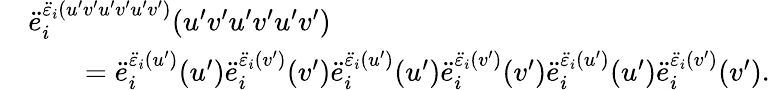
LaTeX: \begin{array}{rl}&{\ddot{e}_{i}^{\ddot{\varepsilon}_{i}(u^{\prime}v^{\prime}u^{\prime}v^{\prime}u^{\prime}v^{\prime})}(u^{\prime}v^{\prime}u^{\prime}v^{\prime}u^{\prime}v^{\prime})}\\ &{\qquad=\ddot{e}_{i}^{\ddot{\varepsilon}_{i}(u^{\prime})}(u^{\prime})\ddot{e}_{i}^{\ddot{\varepsilon}_{i}(v^{\prime})}(v^{\prime})\ddot{e}_{i}^{\ddot{\varepsilon}_{i}(u^{\prime})}(u^{\prime})\ddot{e}_{i}^{\ddot{\varepsilon}_{i}(v^{\prime})}(v^{\prime})\ddot{e}_{i}^{\ddot{\varepsilon}_{i}(u^{\prime})}(u^{\prime})\ddot{e}_{i}^{\ddot{\varepsilon}_{i}(v^{\prime})}(v^{\prime}).}\end{array}